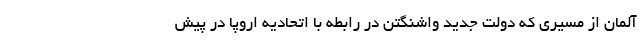
آلمان از مسیری که دولت جدید واشنگتن در رابطه با اتحادیه اروپا در پیش